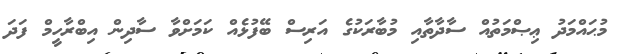
މުޙައްމަދު ޢިޞްމަތުއް ސާދާތާއި މުބާރަކުގެ އަރިސް ބޭފުޅެއް ކަމަށްވާ ސާދިން އިބްރާހީމް ފަދަ